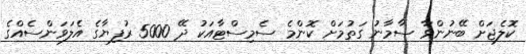
ކޮލެޖަށް ބޭނުންވާ ސާމާނު ގަތުމަށް ކޮންމެ ސެމިސްޓާއަކު ދޭ 5000 ރުފިޔާގެ އެލަވަންސެއްގެ